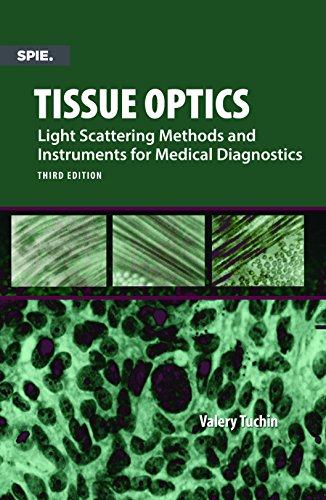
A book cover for Tissue Optics, Light Scattering Methods and Instruments for Medical Diagnosis (Press Monograph); Valery Tuchin; Science & Math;